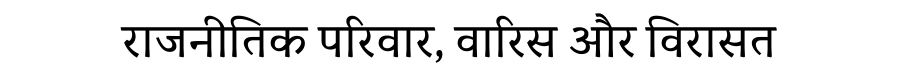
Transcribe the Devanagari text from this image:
राजनीतिक परिवार, वारिस और विरासत